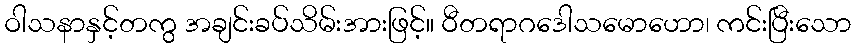
ဝါသနာနှင့်တကွ အချင်းခပ်သိမ်းအားဖြင့်။ ဝီတရာဂဒေါသမောဟော၊ ကင်းပြီးသော